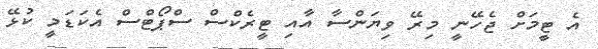
އެ ޓީމަށް ޖެހޭނީ މިރޭ ވިޔަންސާ އާއި ޓީރެކްސް ސްޕޯޓްސް އެކަޑަމީ ކުޅޭ